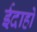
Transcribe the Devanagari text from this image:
ईदाहो